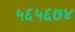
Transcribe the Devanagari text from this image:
५६५६७४